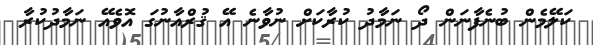
ކަލޭމެން ބުނެފާނަން ދޯ ނަމާދު ކުރާކަށް ނުވާނެ އޭ ޤުރްއާނުގަ އޮވެއޭ ނަމާދުކުރާ